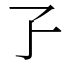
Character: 孒